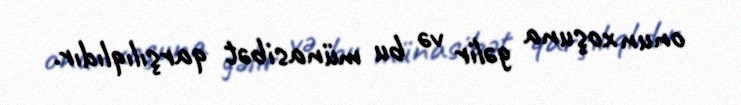
onun xoşuna gəlir və bu münasibət qarşılıqlıdır.